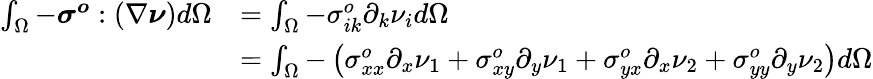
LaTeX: \begin{array}{rl}{\int_{\Omega}-\boldsymbol{\sigma^{o}}:(\nabla\boldsymbol{\nu})d\Omega}&{=\int_{\Omega}-\sigma_{ik}^{o}\partial_{k}\nu_{i}d\Omega}\\ &{=\int_{\Omega}-\left(\sigma_{xx}^{o}\partial_{x}\nu_{1}+\sigma_{xy}^{o}\partial_{y}\nu_{1}+\sigma_{yx}^{o}\partial_{x}\nu_{2}+\sigma_{yy}^{o}\partial_{y}\nu_{2}\right)d\Omega}\end{array}